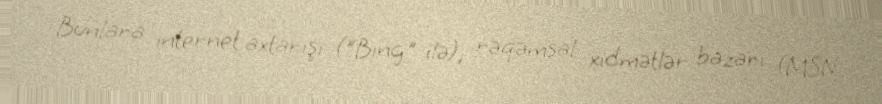
Bunlara internet axtarışı ("Bing" ilə), rəqəmsal xidmətlər bazarı (MSN